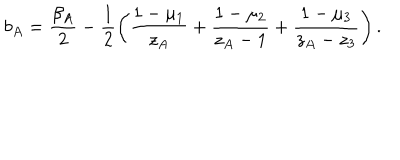
b _ { A } = \frac { \beta _ { A } } { 2 } - \frac { 1 } { 2 } \left( \frac { 1 - \mu _ { 1 } } { z _ { A } } + \frac { 1 - \mu _ { 2 } } { z _ { A } - 1 } + \frac { 1 - \mu _ { 3 } } { z _ { A } - z _ { 3 } } \right) .